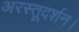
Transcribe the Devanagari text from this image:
अरस्तूदर्शन।